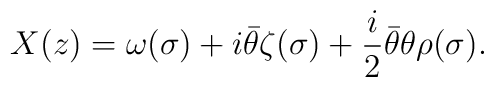
X(z)=\omega(\sigma)+i{\bar \theta}\zeta(\sigma)+\frac{i}{2}{\bar \theta}\theta \rho(\sigma).